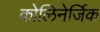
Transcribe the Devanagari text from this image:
कोलिनेर्जिक